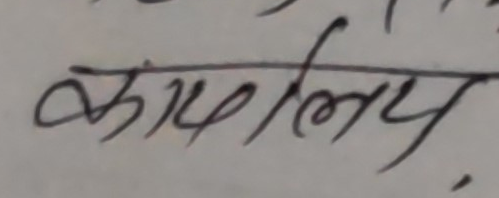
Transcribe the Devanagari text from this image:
कार्यालय